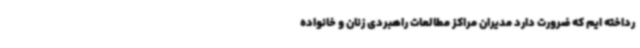
رداخته ایم که ضرورت دارد مدیران مراکز مطالعات راهبردی زنان و خانواده